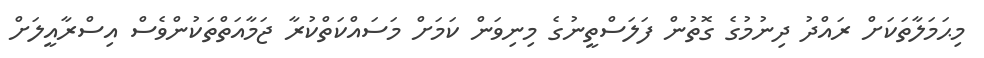
މިޙަމަލާތަކަށް ރައްދު ދިނުމުގެ ގޮތުން ފަލަސްތީނުގެ މިނިވަން ކަމަށް މަސައްކަތްކުރާ ޖަމާއަތްތަކުންވެސް އިސްރާއީލަށް